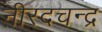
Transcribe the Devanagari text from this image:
नीरदचन्द्र